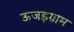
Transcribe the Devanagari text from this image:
ऊजड़ग्राम